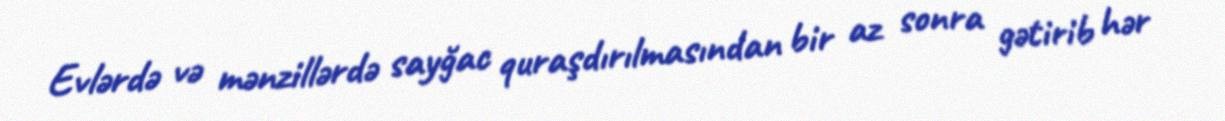
Evlərdə və mənzillərdə sayğac quraşdırılmasından bir az sonra gətirib hər